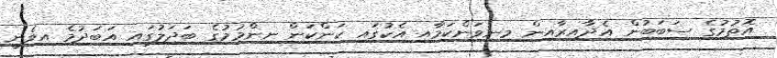
އޮތުމުގެ ސަބަބުން އެދާއިރާއިން މިނިވަންކަމާއި އެކުގައި ކަންކަން ނިންމުމުގެ ބަދަލުގައި އަބަދުމެ އިވެނީ